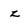
Character: z